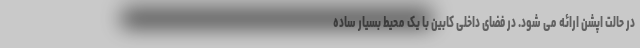
در حالت اپشن ارائه می شود. در فضای داخلی کابین با یک محیط بسیار ساده